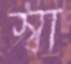
স্বা